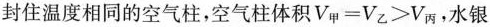
封住温度相同的空气柱，空气柱体积$$V_{甲}=V_{乙}>V_{丙}$$，水银